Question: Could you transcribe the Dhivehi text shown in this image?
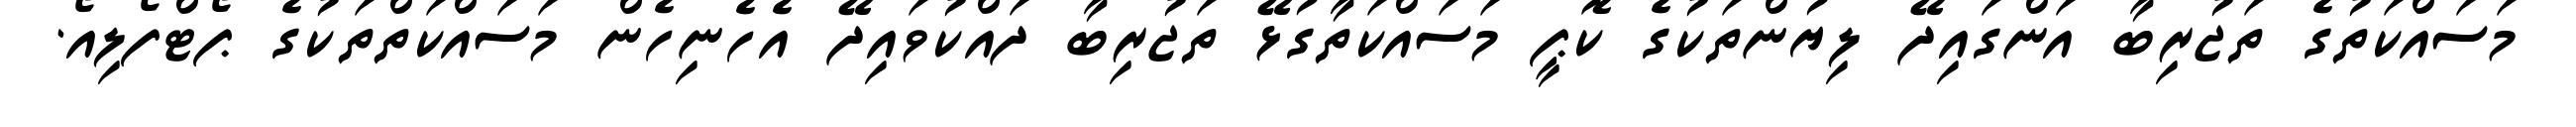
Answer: މަސައްކަތުގެ ތަޖުރިބާ އަންގައިދޭ ލިޔުންތަކުގެ ކޮޕީ މަސައްކަތާގުޅޭ ތަޖުރިބާ ދައްކުވައިދޭ އެހެނިހެން މަސައްކަތްތަކުގެ ޕޯޓްފޯލިއޯ.